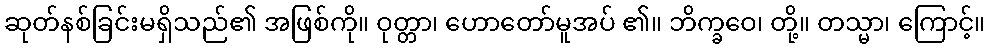
ဆုတ်နစ်ခြင်းမရှိသည်၏ အဖြစ်ကို။ ဝုတ္တာ၊ ဟောတော်မူအပ် ၏။ ဘိက္ခဝေ၊ တို့။ တသ္မာ၊ ကြောင့်။